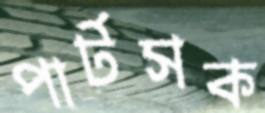
পার্টসক